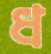
ধ